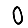
Digit: 0